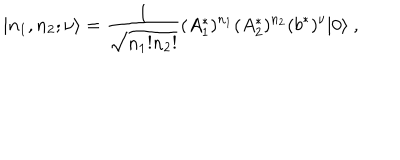
| n _ { 1 } , n _ { 2 } ; \nu \rangle = \frac { 1 } { \sqrt { n _ { 1 } ! n _ { 2 } ! } } ( A _ { 1 } ^ { * } ) ^ { n _ { 1 } } ( A _ { 2 } ^ { * } ) ^ { n _ { 2 } } ( b ^ { * } ) ^ { \nu } | 0 \rangle \ ,